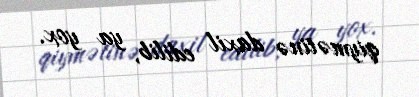
qiymətinə daxil edilib, ya yox.